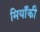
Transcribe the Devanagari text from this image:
मियाँकी